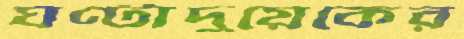
ঘণ্টাদুয়েকের